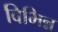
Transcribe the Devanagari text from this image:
विभिन्न